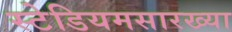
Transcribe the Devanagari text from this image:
स्टेडियमसारख्या